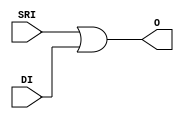
///////////////////////////////////////////////////////////////////////////////
// Copyright (c) 1995/2004 Xilinx, Inc.
// All Right Reserved.
///////////////////////////////////////////////////////////////////////////////
//   ____  ____
//  /   /\/   /
// /___/  \  /    Vendor : Xilinx
// \   \   \/     Version : 10.1
//  \   \         Description : Xilinx Formal Library Component
//  /   /                  Latch used as 2-input OR Gate
// /___/   /\     Filename : OR2L.v
// \   \  /  \    Timestamp : Tue Feb 26 11:11:42 PST 2008
//  \___\/\___\
//
// Revision:
//    02/26/08 - Initial version.
// End Revision

`timescale  1 ps / 1 ps

module OR2L (O, DI, SRI);

    output O;

    input  SRI, DI;
    
    wire o_out;

    assign O = o_out;
    or O1 (o_out, SRI, DI);

endmodule